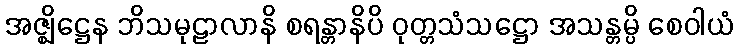
အဇ္ဈိဋ္ဌေန ဘိသမုဠာလာနိ စရန္တာနိပိ ဝုတ္တသံသဋ္ဌော အသန္တမ္ပိ စေဝါယံ